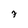
Character: 7